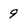
Character: 9